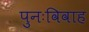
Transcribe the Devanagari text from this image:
पुनःविवाह